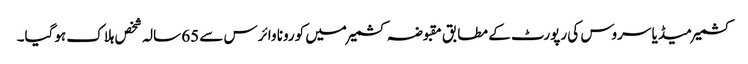
کشمیر میڈیا سروس کی رپورٹ کے مطابق مقبوضہ کشمیر میں کورونا وائرس سے 65 سالہ شخص ہلاک ہوگیا۔